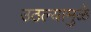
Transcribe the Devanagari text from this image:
उठल्यामुळे